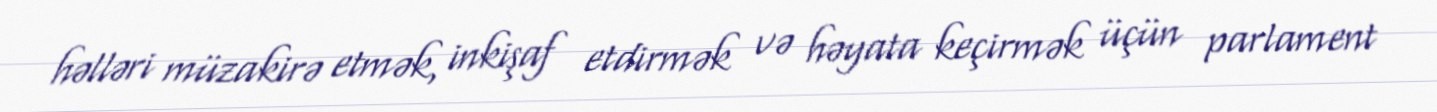
həlləri müzakirə etmək, inkişaf etdirmək və həyata keçirmək üçün parlament